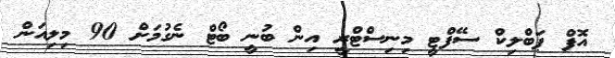
އޮފް ޕަބްލިކް ސޭފްޓީ މިނިސްޓްރީ އިން ބުނީ ބޯޓް ނެގުމަށް 90 މިލިއަން